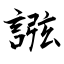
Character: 誸